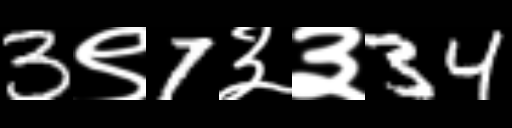
Text: 3९7३३34